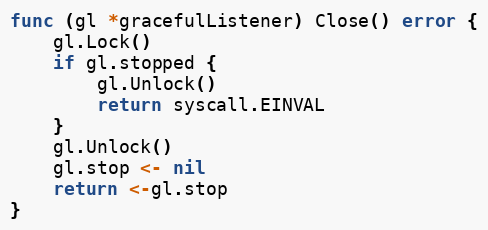
Language: Go
func (gl *gracefulListener) Close() error {
	gl.Lock()
	if gl.stopped {
		gl.Unlock()
		return syscall.EINVAL
	}
	gl.Unlock()
	gl.stop <- nil
	return <-gl.stop
}